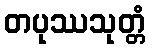
တပုဿသုတ္တံ